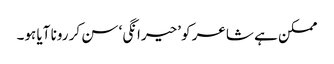
ممکن ہے شاعر کو ’حیرانگی‘ سن کر رونا آیا ہو۔